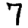
Digit: 7